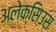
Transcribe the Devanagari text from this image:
अलेक्सिउस